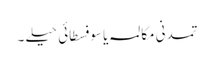
تمدنی مکالمہ یا سوفسطائی حیلے ۔